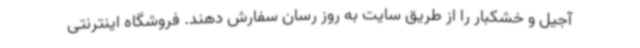
آجیل و خشکبار را از طریق سایت به روز رسان سفارش دهند. فروشگاه اینترنتی